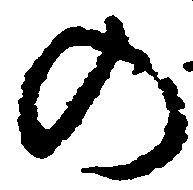
の